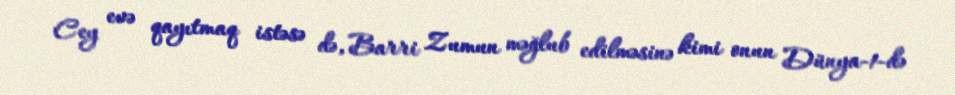
Cey evə qayıtmaq istəsə də, Barri Zumun məğlub edilməsinə kimi onun Dünya-1-də